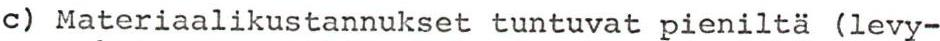
c) Materiaalikustannukset tuntuvat pieniltä (levy-